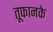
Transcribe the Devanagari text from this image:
तूफानके